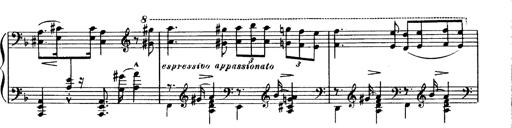
Title: Magyar dalok
Composer: Franz Liszt